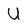
Character: U